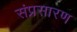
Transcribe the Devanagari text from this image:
संप्रसारण